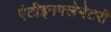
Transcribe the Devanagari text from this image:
एंटीइनफ्लेमेटरी